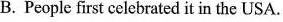
B. People first celebrated it in the USA.